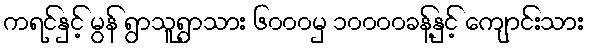
ကရင်နှင့် မွန် ရွာသူရွာသား ၆၀၀၀မှ ၁၀၀၀၀ခန့်နှင့် ကျောင်းသား